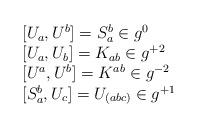
LaTeX: \begin{align*}\begin{array}{l} {[}U_{a} , U^{b}{]} = S_{a}^{b} \in g^{0} \\ {[}U_{a} , U_{b}{]} = K_{ab} \in g^{+2} \\ {[}U^{a} , U^{b}{]} = K^{ab} \in g^{-2} \\ {[}S_{a}^{b} , U_{c}{]} = U_{(abc)} \in g^{+1} \end{array}\end{align*}